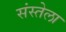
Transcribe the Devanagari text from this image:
संस्तेला